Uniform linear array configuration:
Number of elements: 32
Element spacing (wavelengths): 0.5
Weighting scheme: exponential
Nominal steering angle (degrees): -15
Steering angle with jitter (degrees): -14.561
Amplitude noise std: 0.05
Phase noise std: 0.05

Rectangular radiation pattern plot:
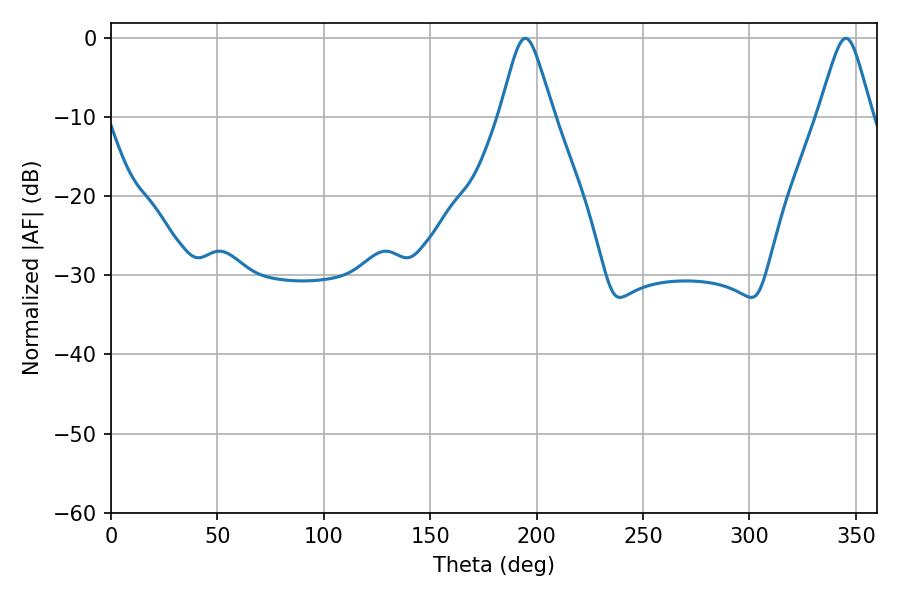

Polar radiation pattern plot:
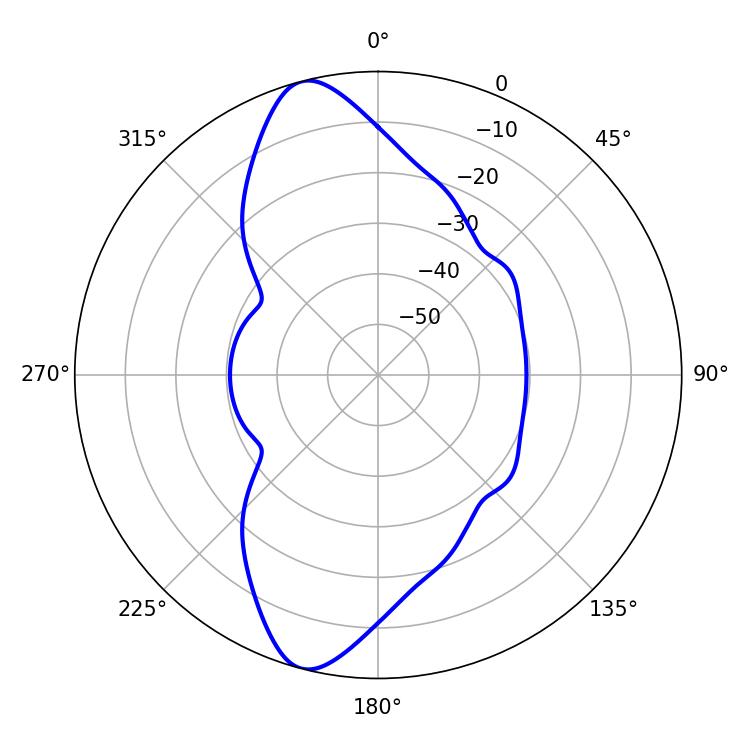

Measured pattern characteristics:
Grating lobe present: FALSE
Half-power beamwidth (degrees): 12.06
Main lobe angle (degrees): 345.24